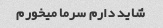
شاید دارم سرما میخورم